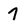
Character: 7